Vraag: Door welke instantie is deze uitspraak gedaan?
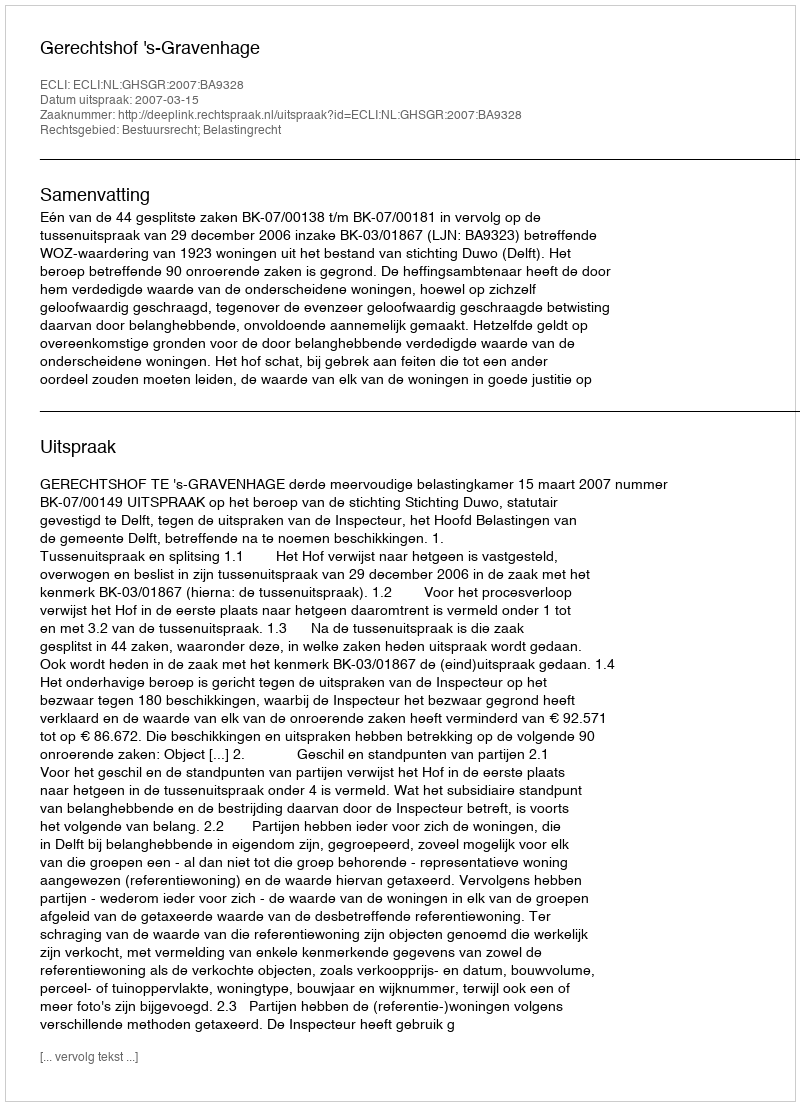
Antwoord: Gerechtshof 's-Gravenhage